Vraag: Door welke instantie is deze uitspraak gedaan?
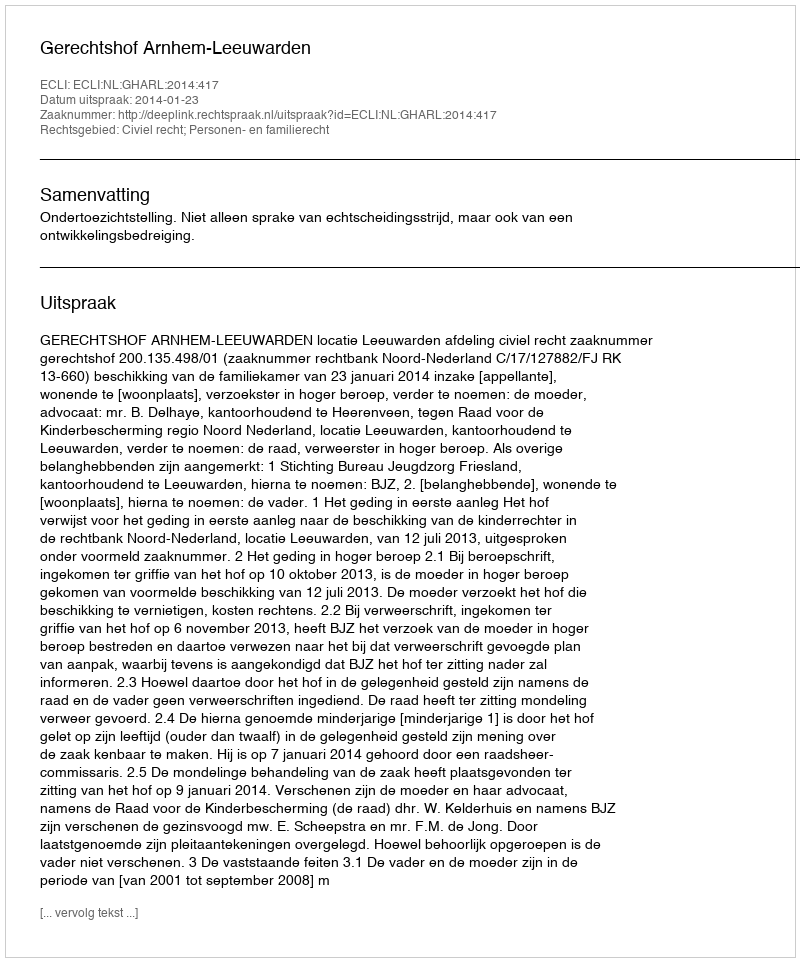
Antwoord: Gerechtshof Arnhem-Leeuwarden